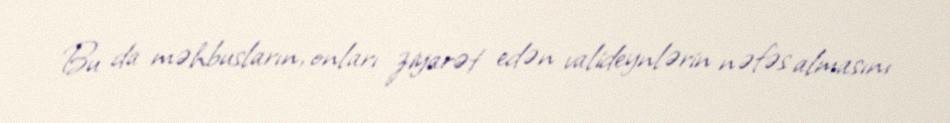
Bu da məhbusların, onları ziyarət edən valideynlərin nəfəs almasını